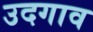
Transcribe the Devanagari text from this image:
उदगाव